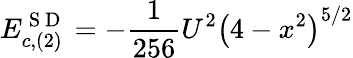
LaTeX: E_{c,(2)}^{\mathrm{~S~D~}}=-\frac{1}{256}U^{2}\left(4-x^{2}\right)^{5/2}